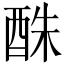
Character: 䣷